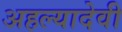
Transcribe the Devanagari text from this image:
अहल्यादेवी